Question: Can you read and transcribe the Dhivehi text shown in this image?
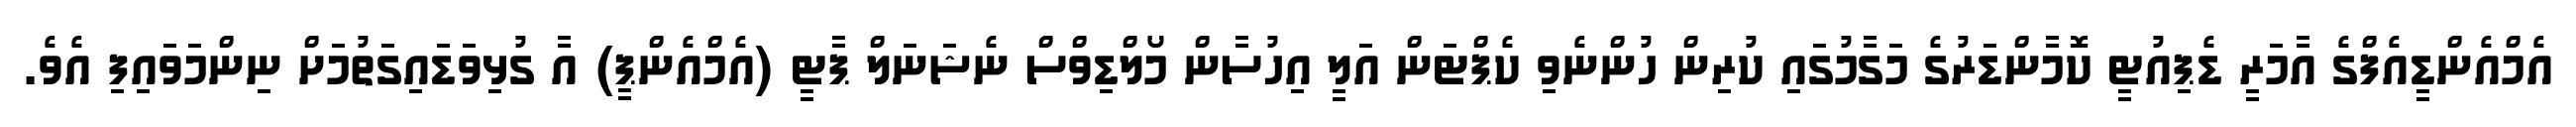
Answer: އެމްއެންޑީއެފްގެ އާމަރީ ޑެޕިއުޓީ ކޮމާންޑަރުގެ މަގާމުގައި ކުރިން ހުންނެވި ކެޕްޓަން އަލީ އިހުސާން މޯލްޑިވްސް ނެޝަނަލް ޕާޓީ (އެމްއެންޕީ) އާ ގުޅިވަޑައިގަތުމަށް ނިންމަވައިފި އެވެ.